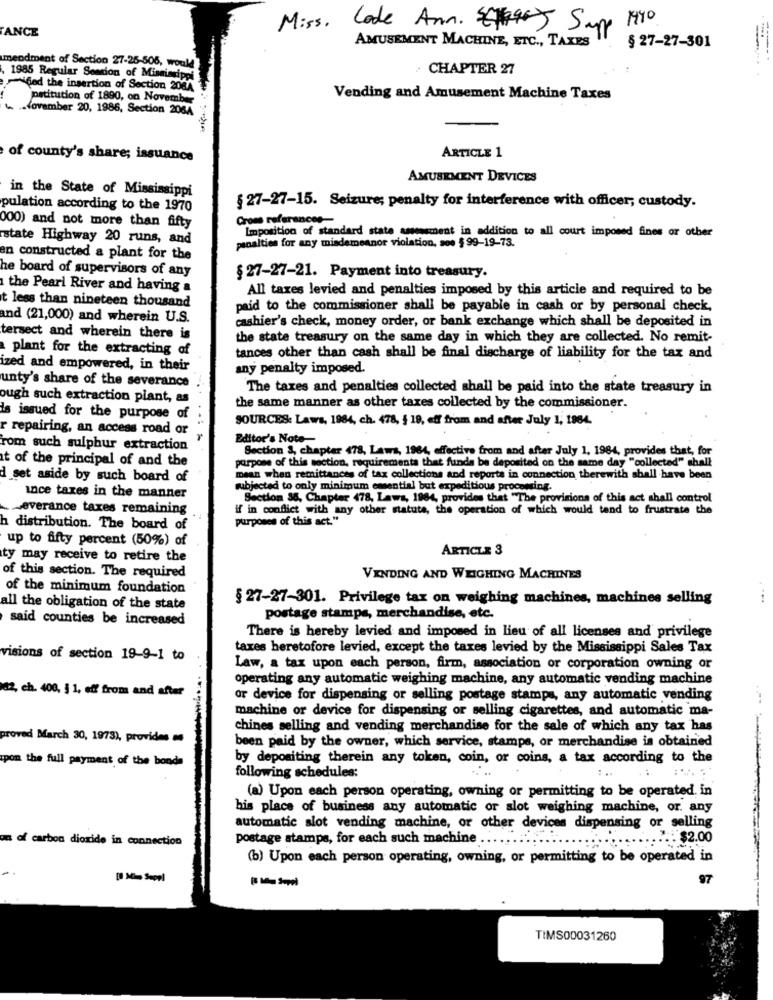
ANCE
Miss. Code Ann. Star Supp 1990
§ 27-27-301
AMUSEMENT MACHINE, ETC ., TAXES
mendment of Section 27-25-506, would
. CHAPTER 27
1985 Regular Session of Mississippi
fed the insertion of Section 2064
patitution of 1890, on Novembre
Vending and Amusement Machine Taxes
.lovamber 20, 1986, Section 2064
of county's share; issuance
ARTICLE 1
AMUSEMENT DEVICES
in the State of Mississippi
pulation according to the 1970
§ 27-27-15. Seizure; penalty for interference with officer; custody.
Crom referances-
000) and not more than fifty
Imposition of standard state assessment in addition to all court imposed fines or other
state Highway 20 runs, and
penalties for any misdemeanor violation, soe $ 99-19-73.
en constructed a plant for the
he board of supervisors of any
§ 27-27-21. Payment into treasury.
the Pearl River and having a
All taxes levied and penalties imposed by this article and required to be
t less than nineteen thousand
paid to the commissioner shall be payable in cash or by personal check,
and (21,000) and wherein U.S.
cashier's check, money order, or bank exchange which shall be deposited in
tersect and wherein there is
the state treasury on the same day in which they are collected. No remit-
plant for the extracting of
tances other than cash shall be final discharge of liability for the tax and
ized and empowered, in their
any penalty imposed.
unty's share of the severance
The taxes and penalties collected shall be paid into the state treasury in
ough such extraction plant, as
the same manner as other taxes collected by the commissioner.
is issued for the purpose of
SOURCES: Laws, 1984, ch. 478, § 19, eff from and after July 1, 1984.
r repairing, an access road or
Editor's Note-
rom such sulphur extraction
Section &, chapter 478, Laws, 1964, effective from and after July 1, 1984, provides that, for
t of the principal of and the
purpose of this section, requirements that funds be deposited on the same day "collected" shall
d set aside by such board of
mean when remittances of tax collections and reports in connection therewith shall have been
subjected to only minimum emential but expeditious procenting.
ince taxes in the manner
Section 36, Chapter 478, Laws, 1964, provides that "The provisions of this act shall control
Leverance taxes remaining
if in conflict with any other statute, the operation of which would tend to frustrate the
purposes of this act."
h distribution. The board of
up to fifty percent (50%) of
ARTICLE 3
ty may receive to retire the
of this section. The required
VENDING AND WEIGHING MACHINES
of the minimum foundation
§ 27-27-301. Privilege tax on weighing machines, machines selling
all the obligation of the state
said counties be increased
postage stamps, merchandise, etc.
There is hereby levied and imposed in lieu of all licenses and privilege
taxes heretofore levied, except the taxes levied by the Mississippi Sales Tax
visions of section 19-9-1 to
Law, a tax upon each person, firm, association or corporation owning or
operating any automatic weighing machine, any automatic vending machine
az, ch. 400, § 1, eff from and after
or device for dispensing or selling postage stamps, any automatic vending
machine or device for dispensing or selling cigarettes, and automatic ma-
chines selling and vending merchandise for the sale of which any tax has
proved March 30, 1973), provides
been paid by the owner, which service, stampe, or merchandise is obtained
upon the full payment of the bonde
by depositing therein any token, coin, or coins, a tax according to the
following schedules:
(a) Upon each person operating, owning or permitting to be operated. in
his place of business any automatic or slot weighing machine, or. any
automatic slot vending machine, or other devices dispensing or selling
on of carbon dioxide in connection
postage stamps, for each such machine ...
..... $2.00
(b) Upon each person operating, owning, or permitting to be operated in
[8 Mi- Supel
97
TIMS00031260